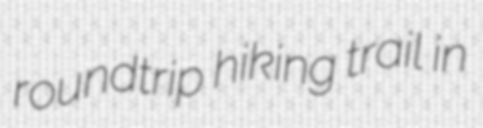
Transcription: roundtrip hiking trail in